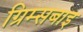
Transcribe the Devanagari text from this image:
ग्रिम्सबाइ